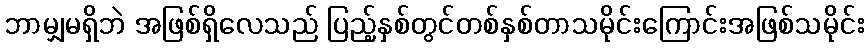
ဘာမျှမရှိဘဲ အဖြစ်ရှိလေသည် ပြည့်နှစ်တွင်တစ်နှစ်တာသမိုင်းကြောင်းအဖြစ်သမိုင်း